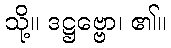
သို့။ ဒဋ္ဌဗ္ဗော၊ ၏။